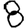
Digit: 8